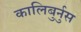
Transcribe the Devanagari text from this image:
कालिबुर्नुस